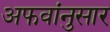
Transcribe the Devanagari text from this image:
अफवांनुसार